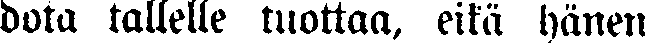
dota tallelle tuottaa, eikä hänen